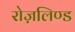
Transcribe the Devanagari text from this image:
रोज़लिण्ड